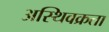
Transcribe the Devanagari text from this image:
अस्थिवक्रता